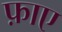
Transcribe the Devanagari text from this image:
फ़ाए